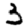
Digit: 3